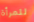
للمرأة